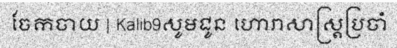
ចែកចាយ | Kalib9សូមជូន ហោរាសាស្ត្រប្រចាំ